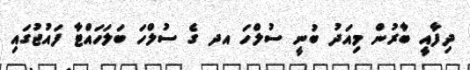
ދިފާއީ ބާރުން މިއަދު ބުނީ ސުލްހަ އދ ގެ ސުލްހަ ބަލަހައްޓާ ފައުޖުގައި